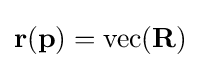
{\bf {r}}({\boldsymbol {\bf {p}}})=\operatorname {vec} ({\bf {R}})